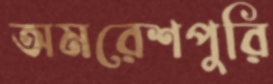
অমরেশপুরি